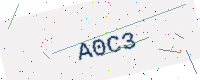
Text: A0C3